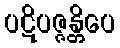
ပဋိပဇ္ဇန္တိပေ